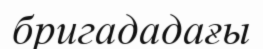
бригададағы